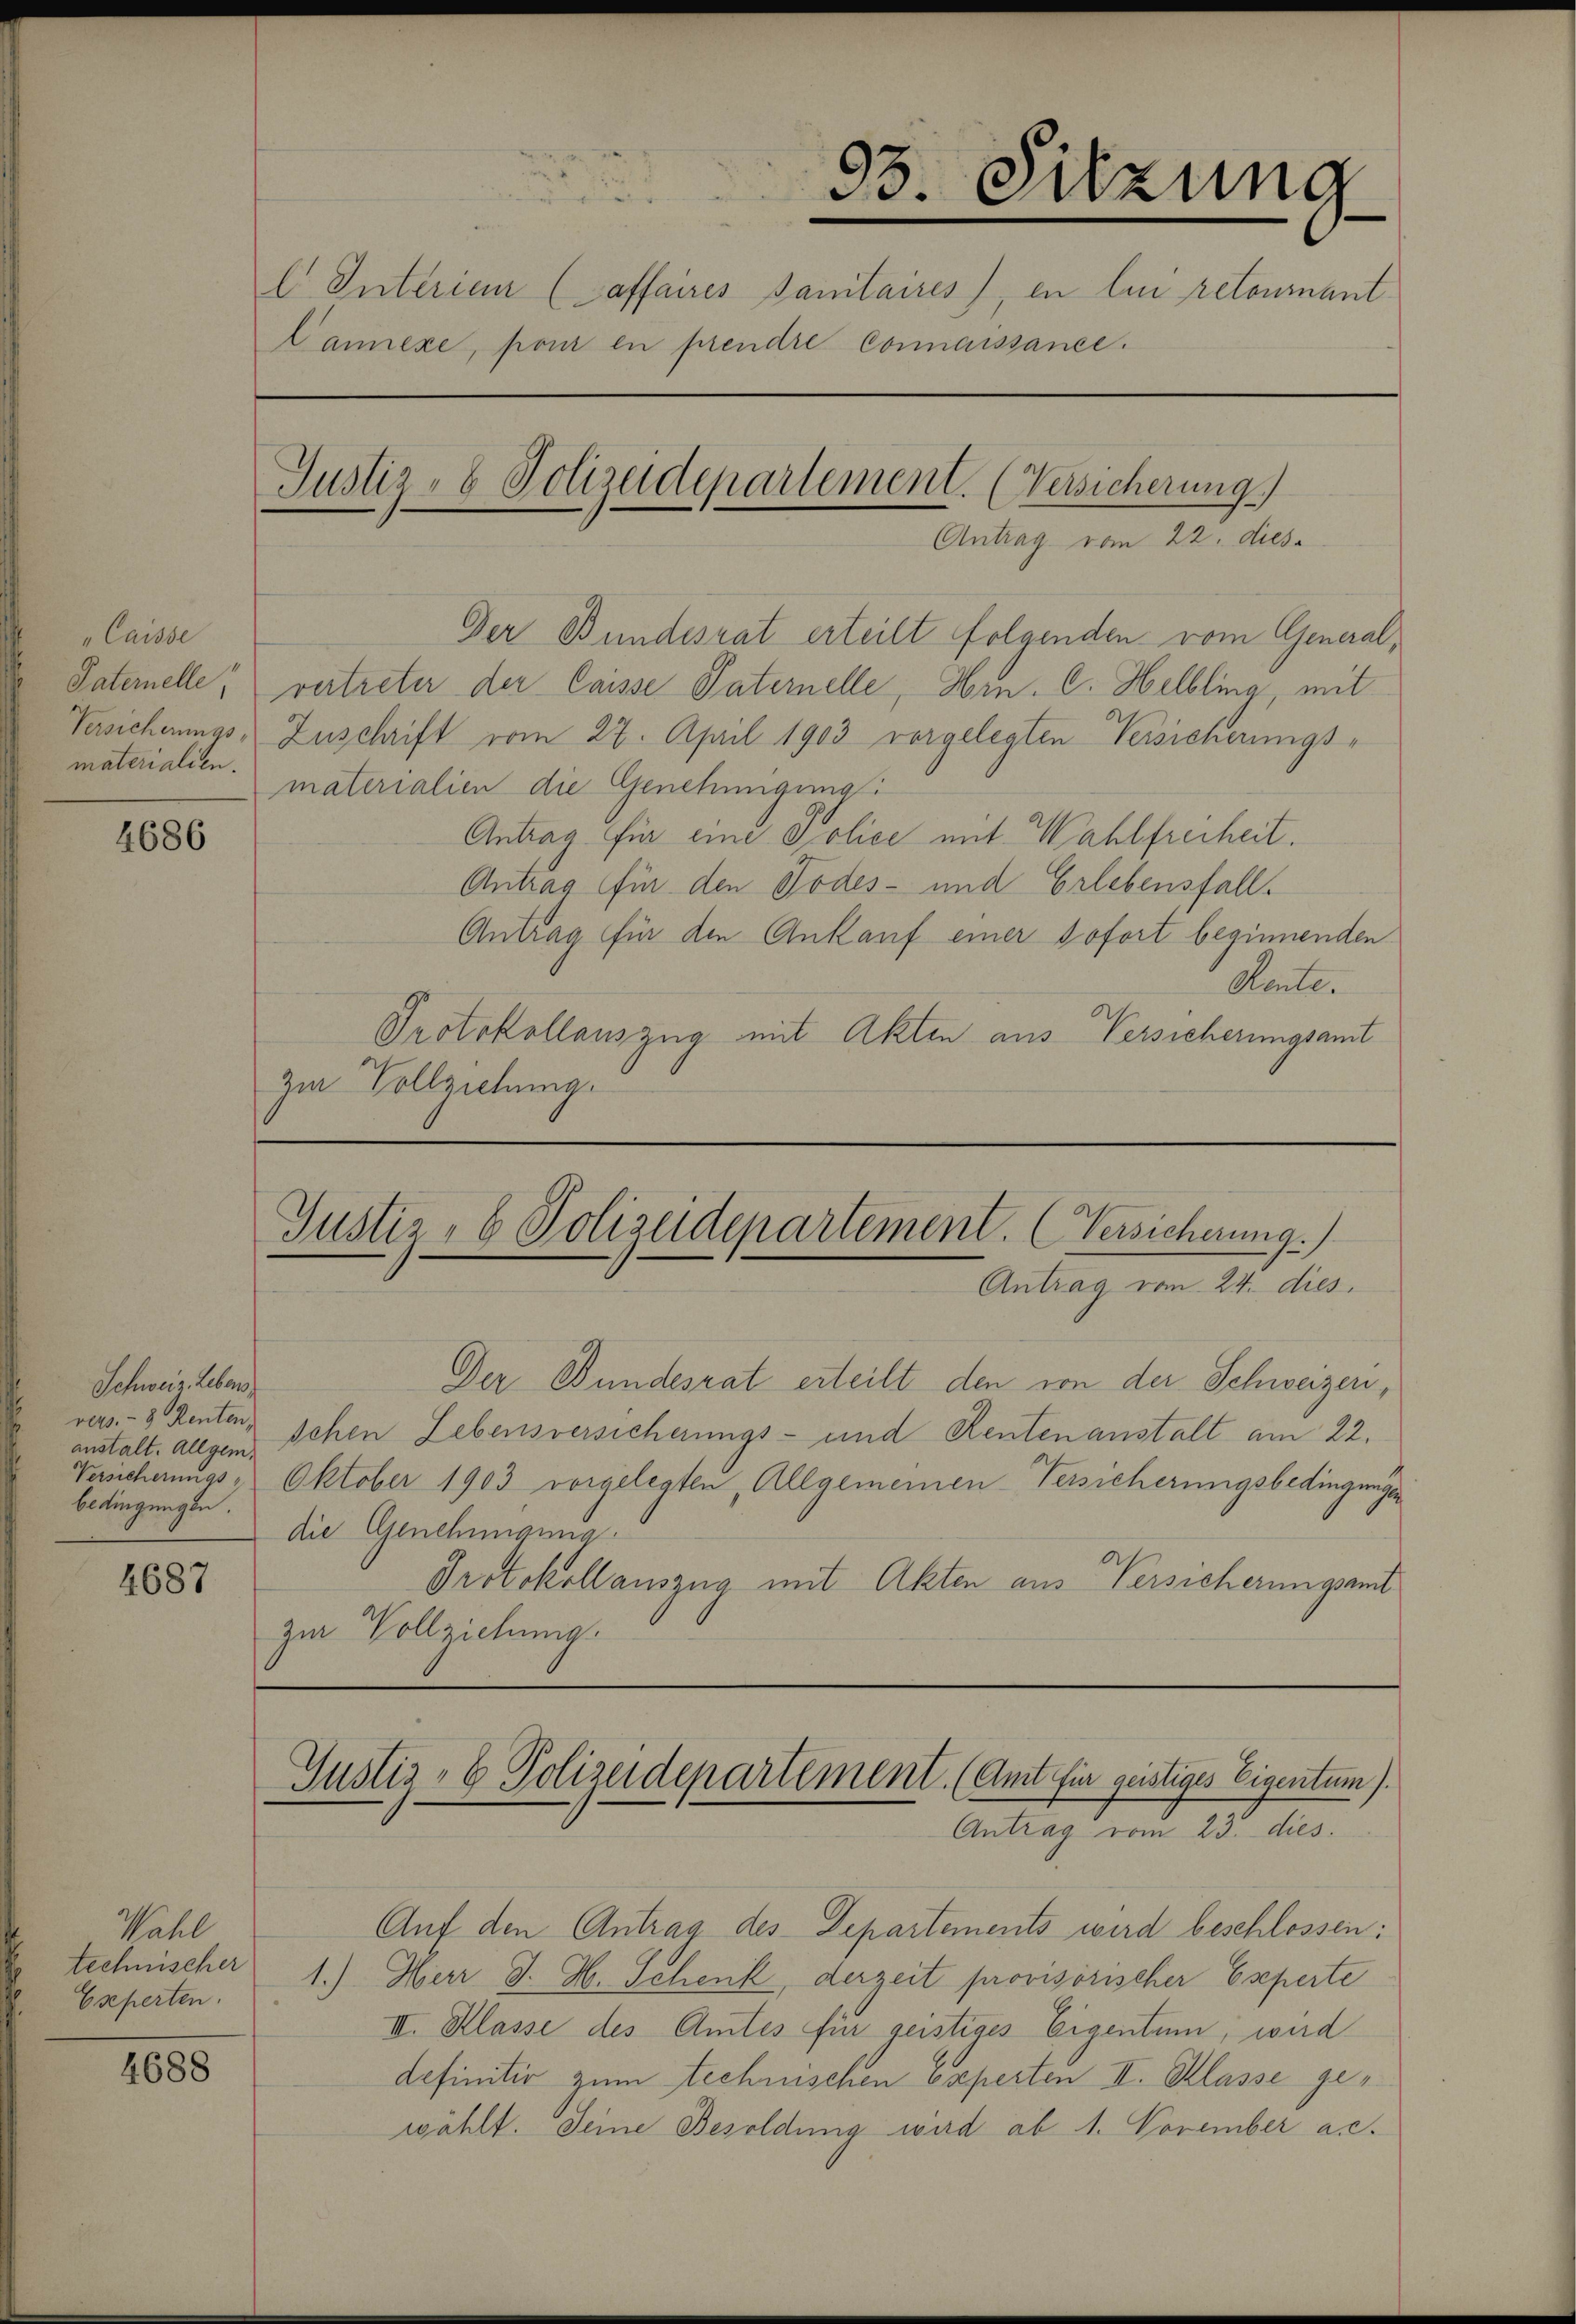
"Caisse
Paternelle,
Versicherungs-
materialien.

4686

Schweiz übers
rers. - 3. Renten,
anstalt. Allgem
bedingungen.

4687

Wahl
technischer
Eseperten.

4688

93. Sitzung
E. Interien (Saffaires Sanitaires, en lui retourant
Canexe, pour en prendre connaissance.

Justiz- & Polizeidepartement. (Versicherung.)
Antrag vom 22. dies

Der Bundesrat erteilt folgenden vom General,
vertreter der Caisse Paternelle, Hrn. C. Helbling, mit
Zuschrift vom 27. April 1903 vorgelegten Versicherungs-
materialien die Genehmigung
Antrag für eine Police mit Wahlfreiheit.
Antrag für den Todes- und Erlebensfall.
Antrag für den Ankauf einer sofort beginnenden
Rente.
Protokollauszug mit Akten aus Versicherungsamt
Zu Vollziehung.

Justiz- & Polizeidepartement. (Versicherung.)
Antrag vom 24. dies

Justiz- & Polizeidepartement. (Amt für geistiges Eigentum).
Antrag vom 23. dies

Auf den Antrag des Departements wird beschlossen:
1.) Herr J. H. Schenk, derzeit provisorischer Eseperte
II. Klasse des Amtes für geistiges Eigentum, wird
definitiv zum Rechnischen Experten II. Klasse gewählt. Seine Besoldung wird ab 1. November a.c.

Der Bundesrat erteilt den von der Schweizeri,
schen Lebensversicherungs- und Rentenanstalt am 22.
Versicherungs - Oktober 1903 vorgelegten, Allgemeinen-Versicherungsbedingungen
die Genehmigung.
Protokollauszug mit Akten aus Versicherungsmit
zur Vollziehung.